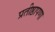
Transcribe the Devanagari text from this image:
प्रतीष्ठापणा